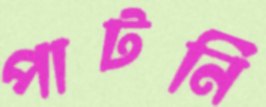
পাটনি